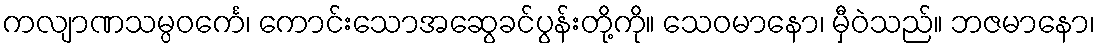
ကလျာဏသမ္ပဝင်္ကေ၊ ကောင်းသောအဆွေခင်ပွန်းတို့ကို။ သေဝမာနော၊ မှီဝဲသည်။ ဘဇမာနော၊